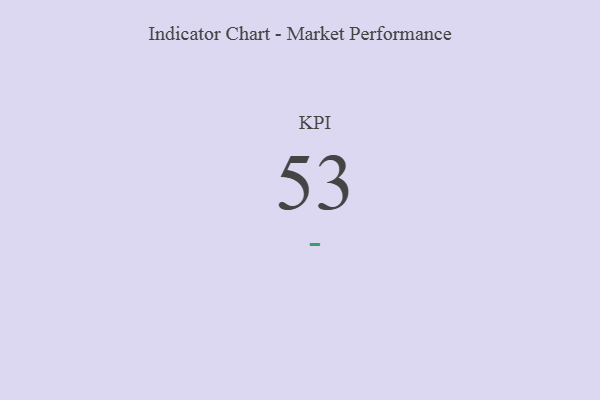
{"axis": {"x": "KPI", "y": "Value"}, "legend": [""], "data": [{"x": "KPI", "y": 53, "type": ""}]}